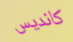
كانديس